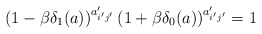
\begin{align*}\left(1-\beta\delta_{1}(a)\right)^{a_{i'j'}'}\left(1+\beta\delta_{0}(a)\right)^{a_{i'j'}'}=1\end{align*}